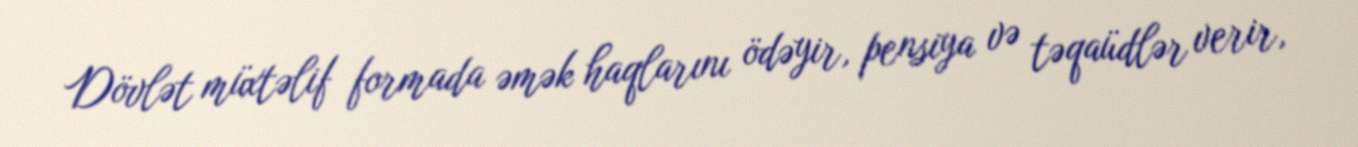
Dövlət müxtəlif formada əmək haqlarını ödəyir, pensiya və təqaüdlər verir,